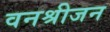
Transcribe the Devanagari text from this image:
वनश्रीजन